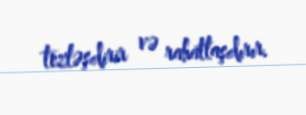
tezləşdirir və rahatlaşdırır.